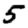
Digit: 5